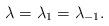
LaTeX: \begin{align*}\lambda = \lambda_1 =\lambda_{-1}.\end{align*}